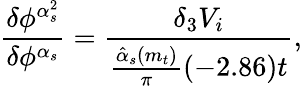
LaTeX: \frac{\delta\phi^{\alpha_{s}^{2}}}{\delta\phi^{\alpha_{s}}}=\frac{\delta_{3}V_{i}}{\frac{\hat{\alpha}_{s}(m_{t})}{\pi}(-2.86)t},